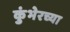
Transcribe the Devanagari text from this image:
कुंभेरच्या